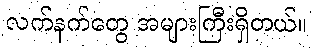
လက်နက်တွေ အများကြီးရှိတယ်။